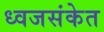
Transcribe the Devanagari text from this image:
ध्वजसंकेत